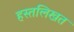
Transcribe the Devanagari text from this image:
हस्तलिखत